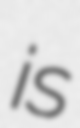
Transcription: is